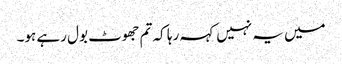
میں یہ نہیں کہہ رہا کہ تم جھوٹ بول رہے ہو۔